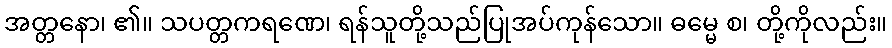
အတ္တနော၊ ၏။ သပတ္တကရဏေ၊ ရန်သူတို့သည်ပြုအပ်ကုန်သော။ ဓမ္မေ စ၊ တို့ကိုလည်း။